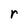
Character: r